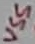
Text: VSS